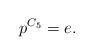
LaTeX: \begin{align*}p^{C_5}=e.\end{align*}